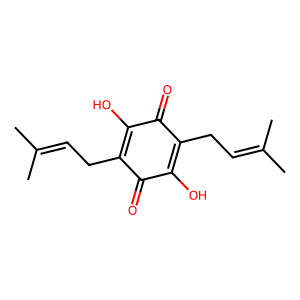
SMILES: CC(C)=CCC1=C(O)C(=O)C(CC=C(C)C)=C(O)C1=O
Inhibits HIV replication: No